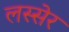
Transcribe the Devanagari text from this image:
लस्सेर